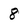
Character: 8